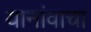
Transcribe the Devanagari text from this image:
यानांवाचा